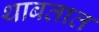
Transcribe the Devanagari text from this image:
थाबतात